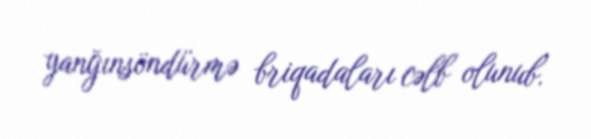
yanğınsöndürmə briqadaları cəlb olunub.